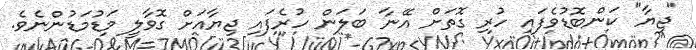
"ޖިޔާ" ކަންބޮޑުވެފައި ހުރި ގޮތަށް އޭނާ ބަލަން ހުރެފައި ޖިޔާއަށް ގޮވާލީ މަޑުމަޑުންނެވެ.